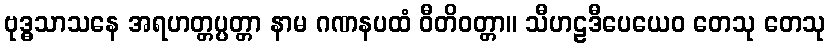
ဗုဒ္ဓသာသနေ အရဟတ္တပ္ပတ္တာ နာမ ဂဏနပထံ ဝီတိဝတ္တာ။ သီဟဠဒီပေယေဝ တေသု တေသု